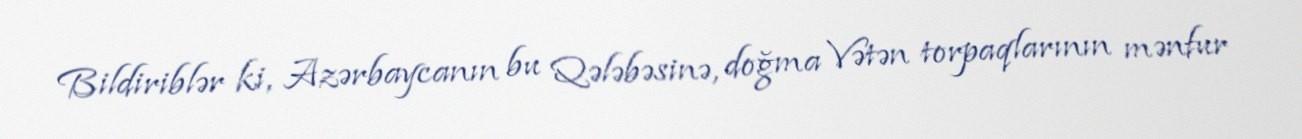
Bildiriblər ki, Azərbaycanın bu Qələbəsinə, doğma Vətən torpaqlarının mənfur